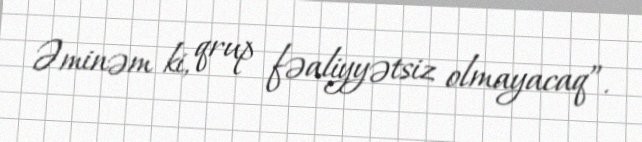
Əminəm ki, qrup fəaliyyətsiz olmayacaq”.